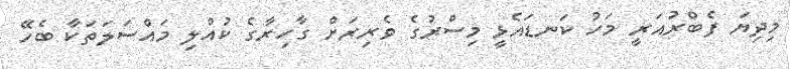
މިދިޔަ ފެބްރުއަރީ މަހު ކަނޑައެޅީ މިސްރުގެ ވެރިރަށް ގާހިރާގެ ކުއްލި މައްސަލަތަކާ ބެހޭ